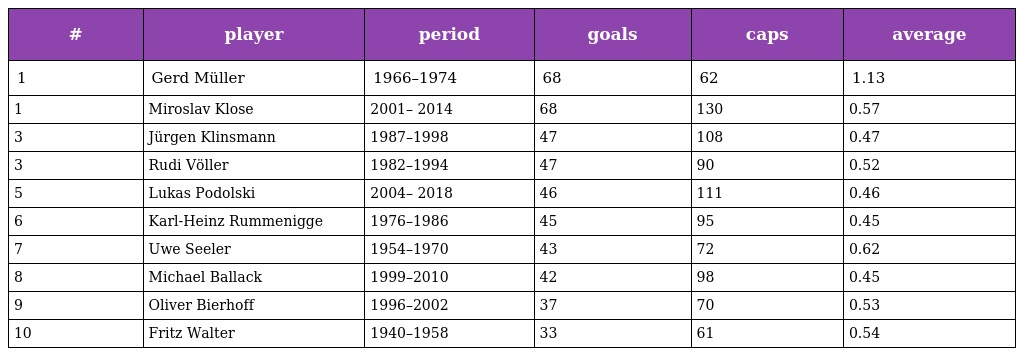
| # | player | period | goals | caps | average |
 | --- | --- | --- | --- | --- | --- |
 | 1 | Gerd Müller | 1966–1974 | 68 | 62 | 1.13 |
 | 1 | Miroslav Klose | 2001– 2014 | 68 | 130 | 0.57 |
 | 3 | Jürgen Klinsmann | 1987–1998 | 47 | 108 | 0.47 |
 | 3 | Rudi Völler | 1982–1994 | 47 | 90 | 0.52 |
 | 5 | Lukas Podolski | 2004– 2018 | 46 | 111 | 0.46 |
 | 6 | Karl-Heinz Rummenigge | 1976–1986 | 45 | 95 | 0.45 |
 | 7 | Uwe Seeler | 1954–1970 | 43 | 72 | 0.62 |
 | 8 | Michael Ballack | 1999–2010 | 42 | 98 | 0.45 |
 | 9 | Oliver Bierhoff | 1996–2002 | 37 | 70 | 0.53 |
 | 10 | Fritz Walter | 1940–1958 | 33 | 61 | 0.54 |